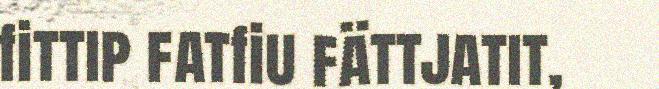
fittip fatfiu fättjatit,